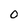
Character: O